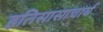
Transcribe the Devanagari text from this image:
इतिसासाचार्य